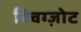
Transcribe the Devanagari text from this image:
क्विग्ज़ोट